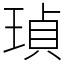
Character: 𤦹